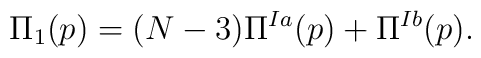
\Pi_1(p) = (N-3)\Pi^{Ia}(p) + \Pi^{Ib}(p).